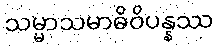
သမ္မာသမာဓိဝိပန္နဿ